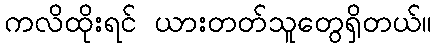
ကလိထိုးရင် ယားတတ်သူတွေရှိတယ်။